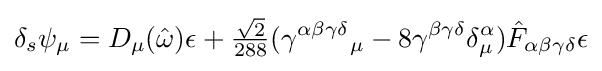
\delta _{s}\psi _{\mu }=D_{\mu }({\hat {\omega }})\epsilon +{\tfrac {\sqrt {2}}{288}}(\gamma ^{\alpha \beta \gamma \delta }{}_{\mu }-8\gamma ^{\beta \gamma \delta }\delta _{\mu }^{\alpha }){\hat {F}}_{\alpha \beta \gamma \delta }\epsilon